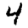
Digit: 4